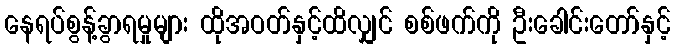
နေရပ်စွန့်ခွာရမှုများ ထိုအဝတ်နှင့်ထိလျှင် စစ်ဖက်ကို ဦးခေါင်းတော်နှင့်